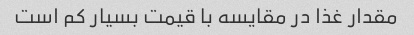
مقدار غذا در مقایسه با قیمت بسیار کم است